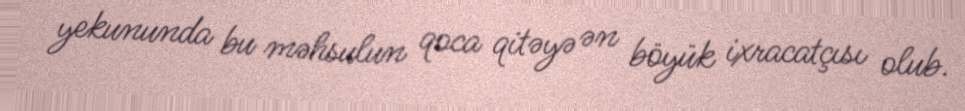
yekununda bu məhsulun qoca qitəyə ən böyük ixracatçısı olub.